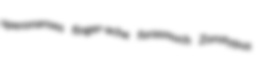
speronaroes finger-ache forasmuch Zorotypus